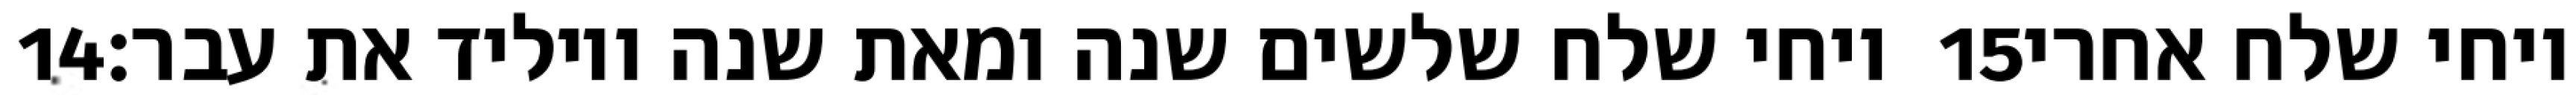
‎14‏ ויחי שלח שלשים שנה ומאת שנה ויוליד את עבר׃ ‎15‏ ויחי שלח אחרי